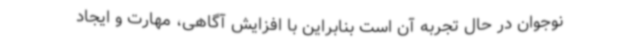
نوجوان در حال تجربه آن است بنابراین با افزایش آگاهی، مهارت و ایجاد